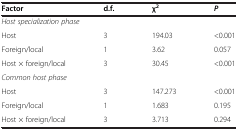
| Factor | d.f. | χ2 | P |
 | --- | --- | --- | --- |
 | <COLSPAN=4> Host specialization phase |
 | Host | 3 | 194.03 | <0.001 |
 | Foreign/local | 1 | 3.62 | 0.057 |
 | Host × foreign/local | 3 | 30.45 | <0.001 |
 | <COLSPAN=4> Common host phase |
 | Host | 3 | 147.273 | <0.001 |
 | Foreign/local | 1 | 1.683 | 0.195 |
 | Host × foreign/local | 3 | 3.713 | 0.294 |